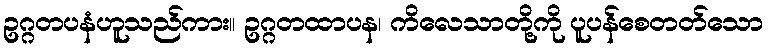
ဥဂ္ဂတပနံဟူသည်ကား။ ဥဂ္ဂတထာပန၊ ကိလေသာတို့ကို ပူပန်စေတတ်သော